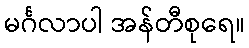
မင်္ဂလာပါ အန်တီစုရေ။